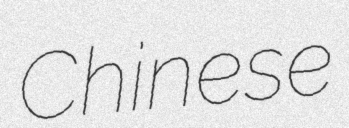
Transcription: Chinese